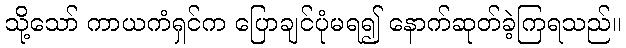
သို့သော် ကာယကံရှင်က ပြောချင်ပုံမရ၍ နောက်ဆုတ်ခဲ့ကြရသည်။